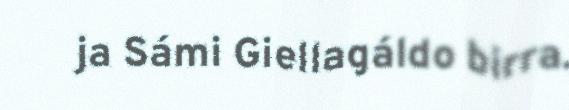
ja Sámi Giellagáldo birra.